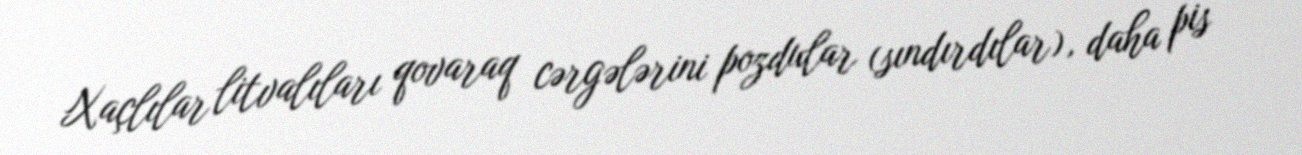
Xaçlılar litvalıları qovaraq cərgələrini pozdular (sındırdılar), daha pis